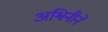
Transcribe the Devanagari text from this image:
अश्विनीने